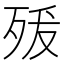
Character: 𭮍